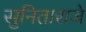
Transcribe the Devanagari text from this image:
सुनिताराजे